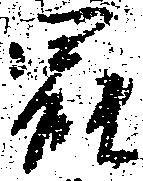
罷